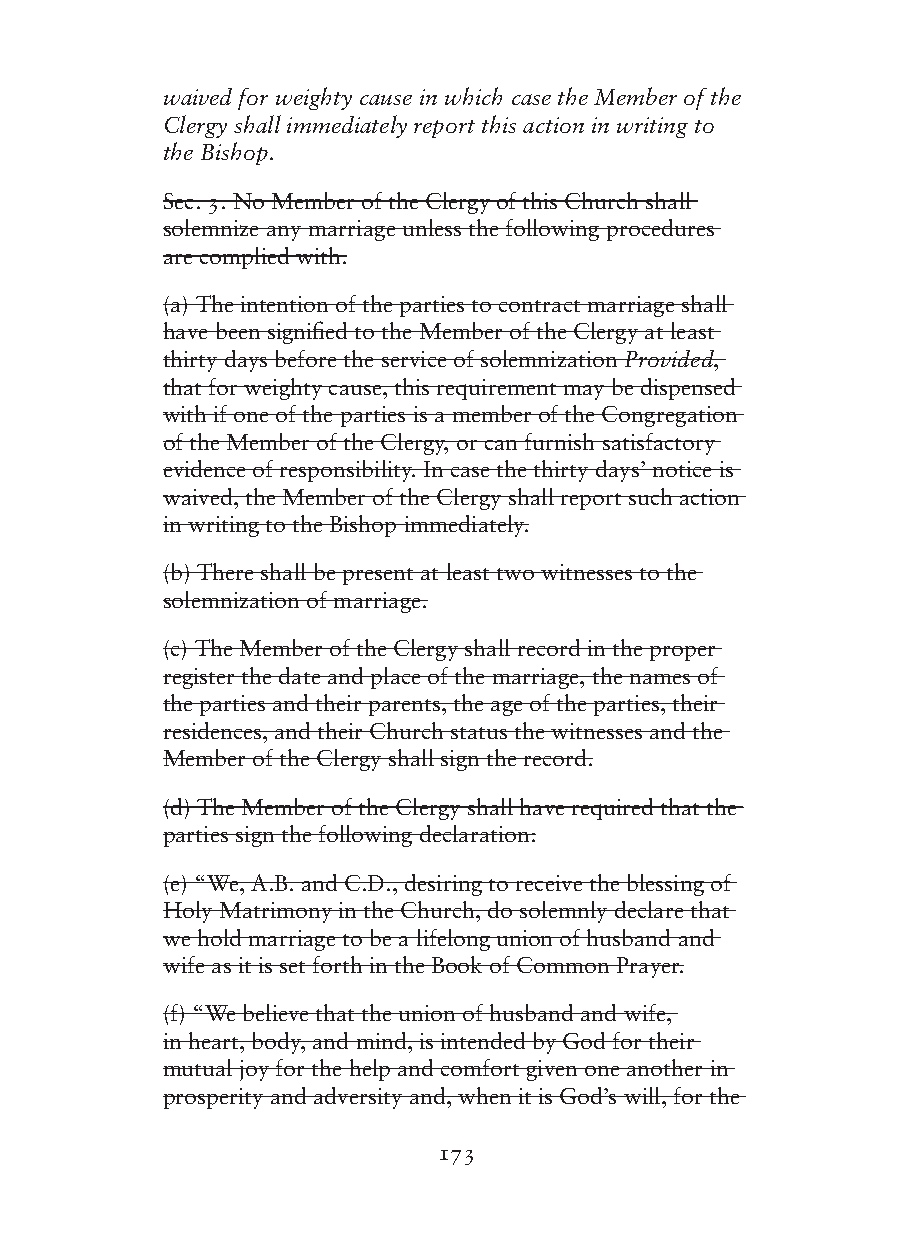
waived for weighty cause in which case the Member of the
 Clergy shall immediately report this action in writing to
 the Bishop.
 Sec. 3. No Member of the Clergy of this Church shall
 solemnize any marriage unless the following procedures
 are complied with:
 (a) The intention of the parties to contract marriage shall
 have been signified to the Member of the Clergy at least
 thirty days before the service of solemnization Provided,
 that for weighty cause, this requirement may be dispensed
 with if one of the parties is a member of the Congregation
 of the Member of the Clergy, or can furnish satisfactory
 evidence of responsibility. In case the thirty days’ notice is
 waived, the Member of the Clergy shall report such action
 in writing to the Bishop immediately.
 (b) There shall be present at least two witnesses to the
 solemnization of marriage.
 (c) The Member of the Clergy shall record in the proper
 register the date and place of the marriage, the names of
 the parties and their parents, the age of the parties, their
 residences, and their Church status the witnesses and the
 Member of the Clergy shall sign the record.
 (d) The Member of the Clergy shall have required that the
 parties sign the following declaration:
 (e) “We, A.B. and C.D., desiring to receive the blessing of
 Holy Matrimony in the Church, do solemnly declare that
 we hold marriage to be a lifelong union of husband and
 wife as it is set forth in the Book of Common Prayer.
 (f) “We believe that the union of husband and wife,
 in heart, body, and mind, is intended by God for their
 mutual joy for the help and comfort given one another in
 prosperity and adversity and, when it is God’s will, for the
 173